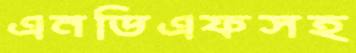
এনডিএফসহ